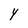
Character: Y